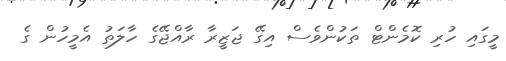
މީގަައި ހުރި ކޮމެންޓް ތަކުންވެސް އިގޭ ޖަޒީރާ ރާއްޖޭގެ ހާލަތު އެމީހުން ގެ